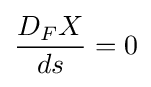
{\frac {D_{F}X}{ds}}=0